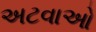
અટવાઓ